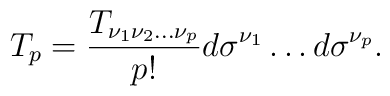
T_p = {T_{\nu_{1}\nu_{2}\ldots\nu_{p}}\over p!} d\sigma^{\nu_{1}}\ldots d\sigma^{\nu_{p}}.